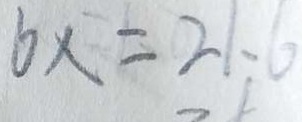
6 x = 2 1 . 6